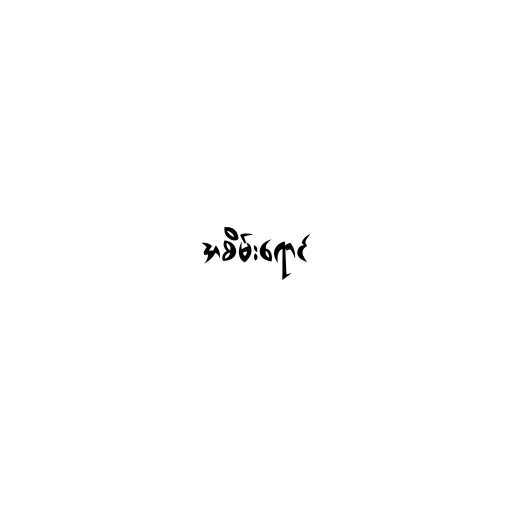
အစိမ်းရောင်